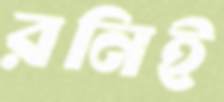
রনিই